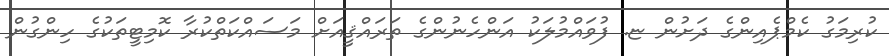
ކުރިމަގު ކެމްޕެއިންގެ ދަށުން ޏ. ފުވައްމުލަކު އަންހެނުންގެ ތަރައްޤީއަށް މަސައްކަތްކުރާ ކޮމިޓީތަކުގެ ހިންގުން